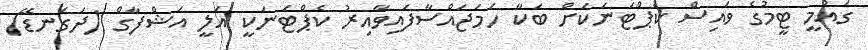
ގައުމީ ޓީމުގެ ވައިސް ކެޕްޓަނަކަށް ބަކާ ހަމަޖައްސާފައިވާއިރު ކެޕްޓަނަކީ އަލީ އަޝްފާގް (ދަގަނޑޭ)